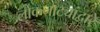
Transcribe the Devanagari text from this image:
लोकनाट्यांद्वारे